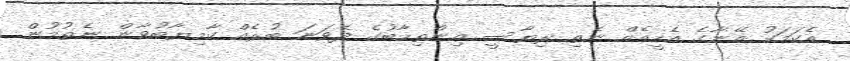
އެކަމަކު އޭނާގެ އެހީއެއް ނެތި ރިޔާސީ އިންތިހާބުގެ ދެވަނަ ބުރެއް ކާމިޔާބުވާން ނެތުމުން